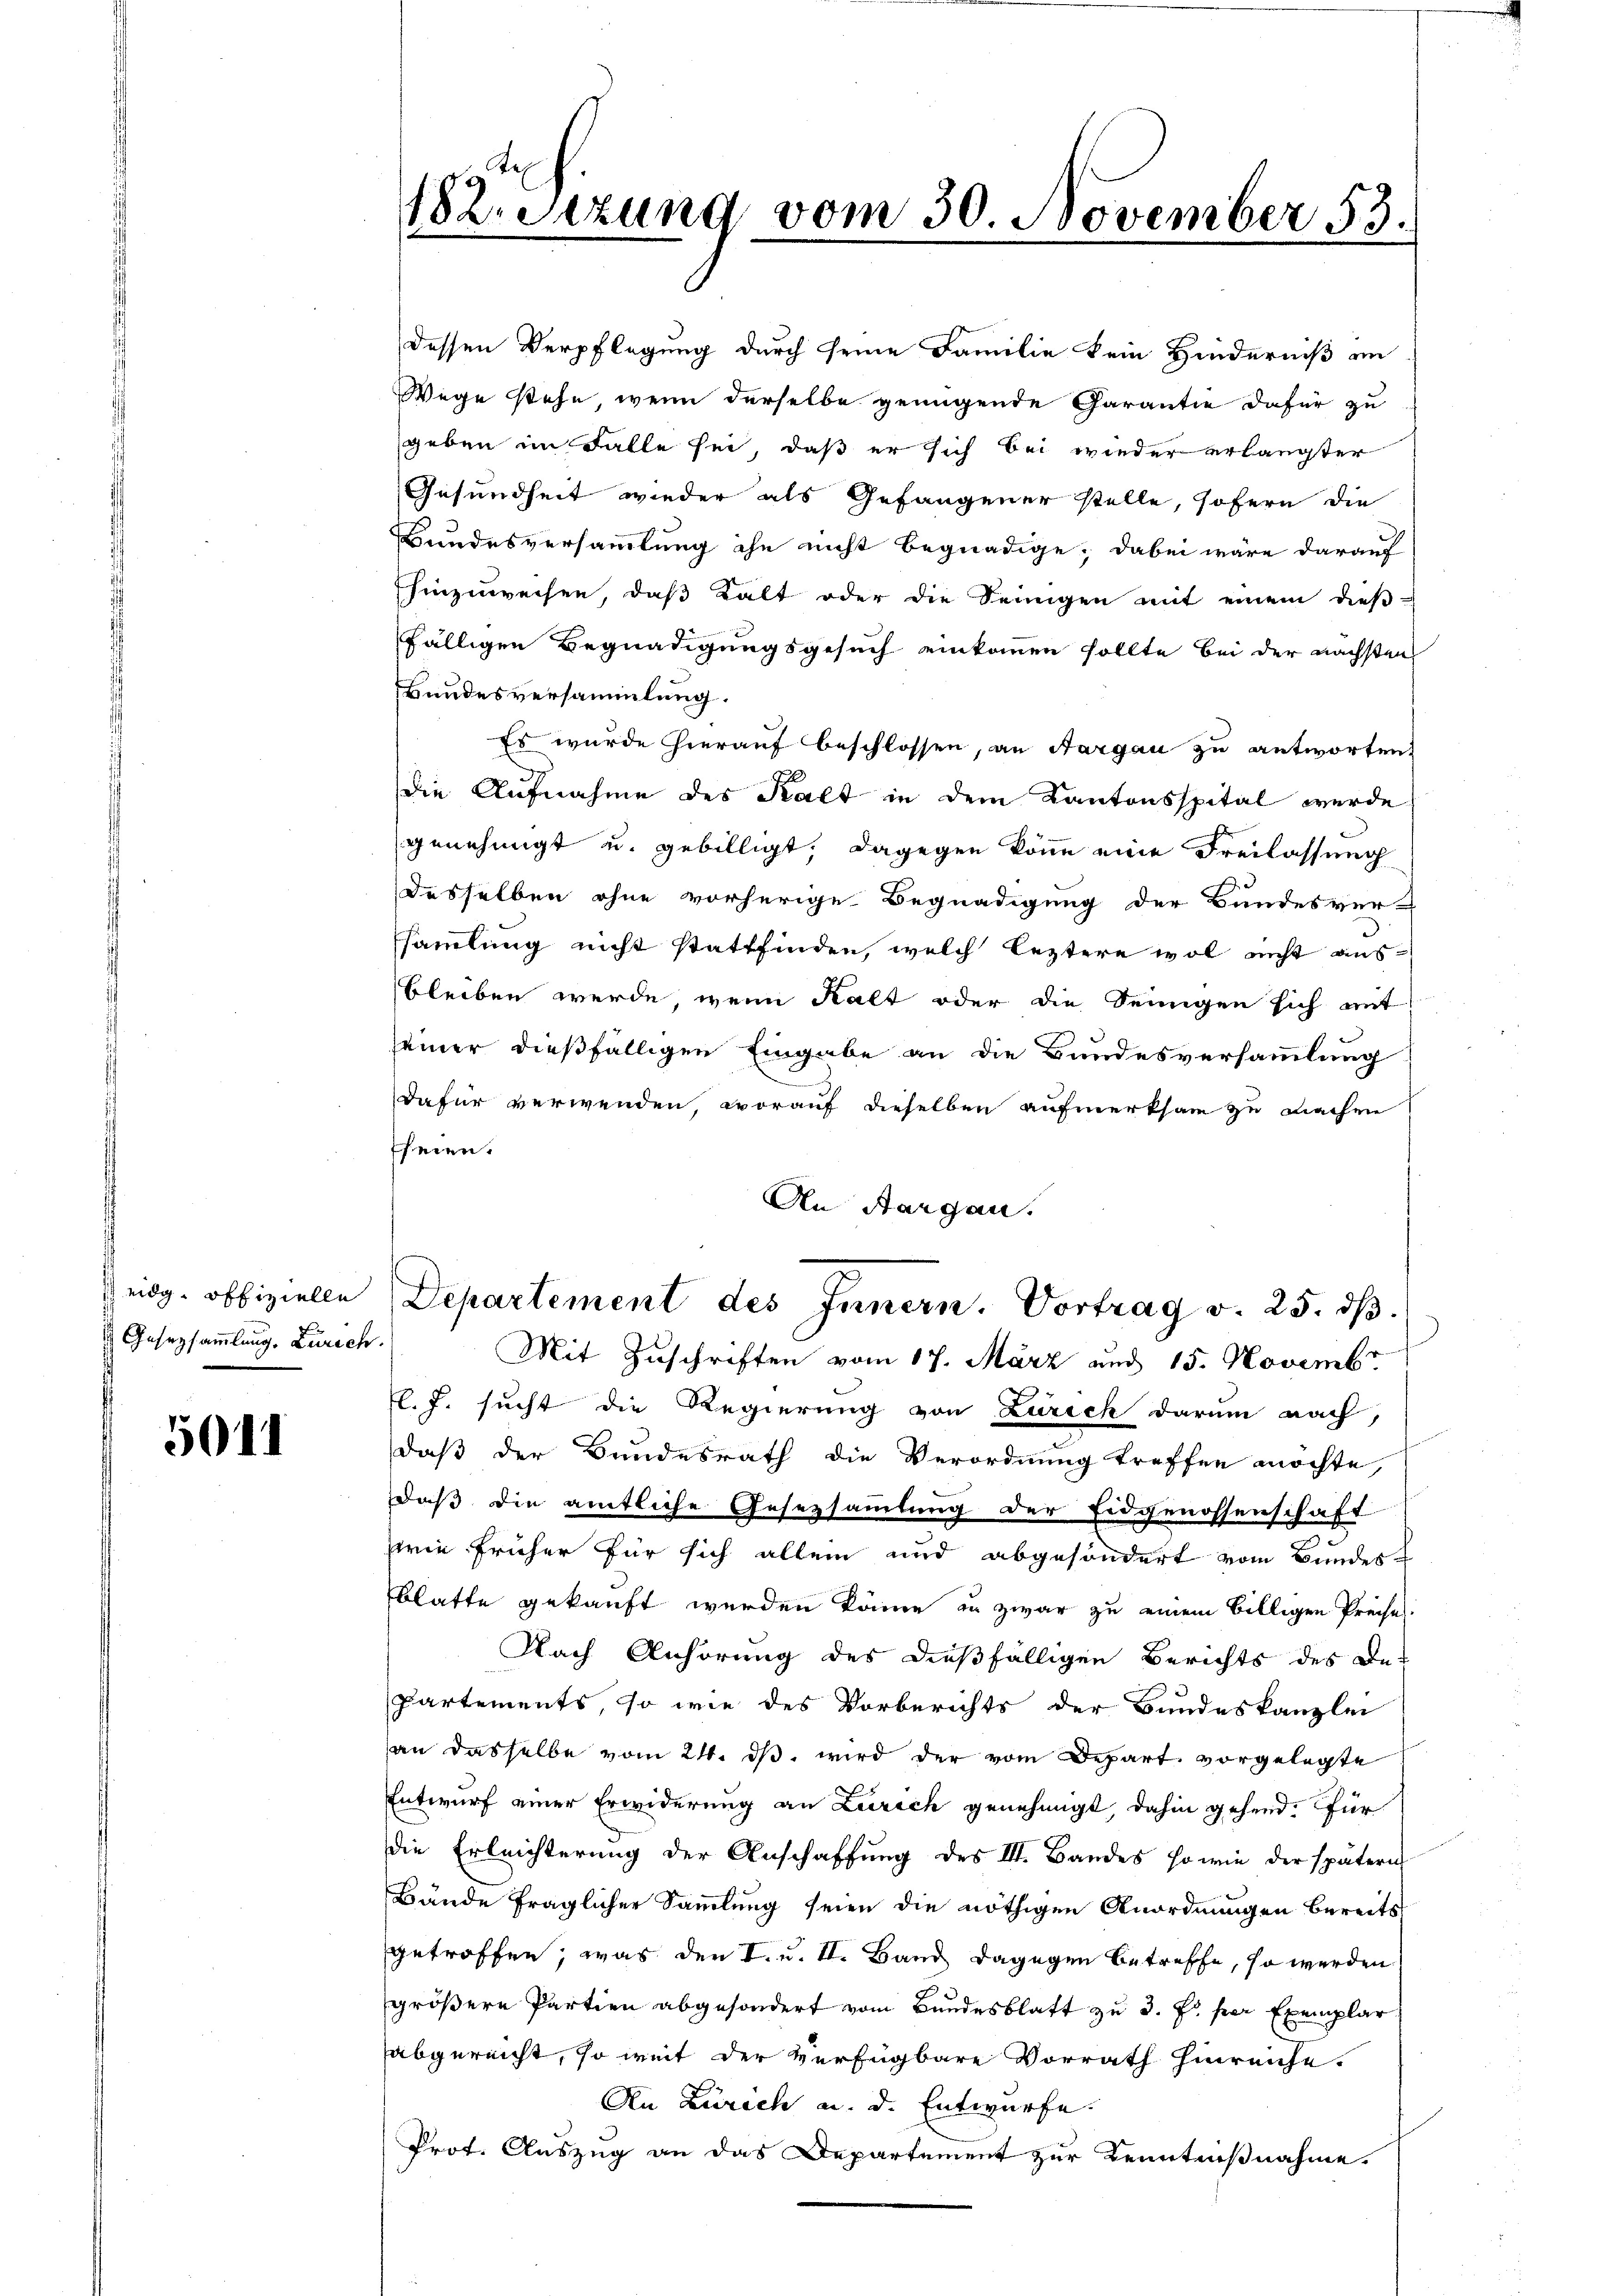
Gesetzsammlung. Zürich.

5011

Mit Zuschriften vom 17. März aus 15. Novemb
K. J. sucht die Regierung von Zürich darum nach,
daß der Bundesrath die Verordnung treffen möchte,
daß die amtliche Gesetzsammlung der Eidgenossenschaft
wie früher für sich allein und abgesondert vom Bundes
blatte gekauft werden könne in zwar zu einem billigen Preises.
Nach Anhörung des dießfälligen Berichts des De-
Partements, so wie des Vorberichts der Bundeskanzlei
an dasselbe vom 24. dβ wird der vom Depart vorgelegte
Entwurf einer Erwiderung an Zürich genehmigt, dahin gehend. Für
die Erleichterung der Anschaffŭng des III. Bandes sowie der spätern
Bände fraglicher Sammlung seien die nöthigen Anordnungen bereits
getroffen, was den I. u. II. Band dagegen betreffe, so werden
größere Partien abgesondert vom Bundesblatt zu 3. J. per Exemplar
abgereicht, so weit der Verfügbare Vorrath hinreiche.
An Zürich a. d. Entwurfe.
Prof. Auszug an das Departement zur Kenntnißnahme.

12. Sizung vom 30. November 53.

dessen Verpflegung durch seine Familie kein Hinderniß an
Wege stehe, wenn derselbe genügende Garantie dafür zu
geben im Falle sei, daß er sich bei wieder erlangter
Gesundheit wieder als Gefangener stelle, sofern die
Bundesversammlung ihn nicht begnadige; dabei wäre darauf
hinzuweisen, daß Kalt oder die Seinigen mit einem dieß-
fälligen Begnadigungsgesuch einkommen sollte bei der nächsten
Bundesversammlung.
Es wurde hierauf beschlossen, an Aargau zu antworten,
die Aufnahme des Kalt in dem Kantonsspital werde
genehmigt u. gebilligt, dagegen könne eine Freilassung
desselben ohne vorherige Begnadigung der Bundesver-
samlung nicht stattfinden, welch leztere wol nicht ausbleiben werde, wenn Kalt oder die Seinigen sich mit
seiner dießfälligen Eingabe an die Bundesversammlung
dafür verwenden, worauf dieselben aufmerksam zu machen
fheien.
An Aargau.

eidg. offizielle Departement des Innern. Vortrag v. 25. dβ.